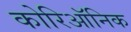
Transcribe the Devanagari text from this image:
कोरिऑनिक